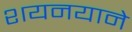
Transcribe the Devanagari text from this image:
शयनयाने